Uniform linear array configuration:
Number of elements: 64
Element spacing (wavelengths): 1
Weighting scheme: blackman
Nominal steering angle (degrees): -30
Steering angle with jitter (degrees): -29.054
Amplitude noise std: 0.05
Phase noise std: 0.05

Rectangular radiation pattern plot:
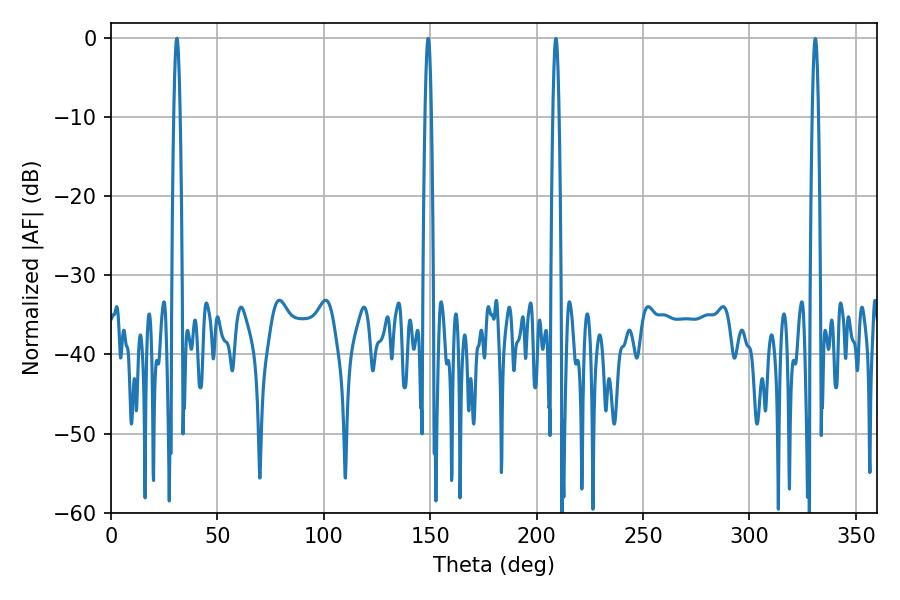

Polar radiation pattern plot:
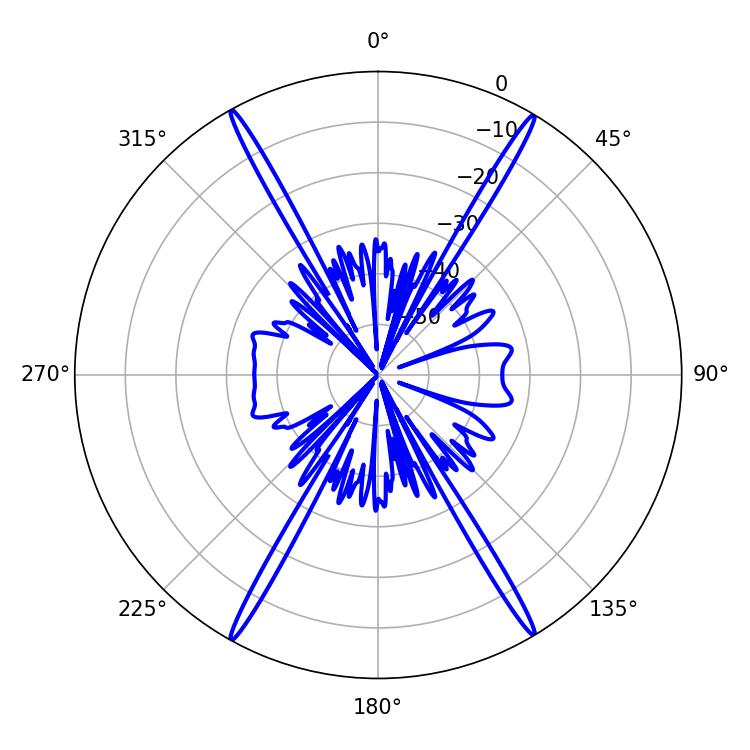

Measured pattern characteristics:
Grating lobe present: TRUE
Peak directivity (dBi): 29.087
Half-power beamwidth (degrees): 1.44
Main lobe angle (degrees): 30.96